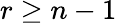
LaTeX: r\geq n-1